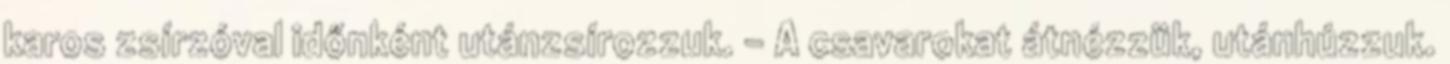
karos zsírzóval időnként utánzsírozzuk. – A csavarokat átnézzük, utánhúzzuk.